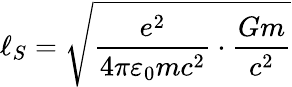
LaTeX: \ell_{S}={\sqrt{{\frac{e^{2}}{4\pi\varepsilon_{0}mc^{2}}}\cdot{\frac{Gm}{c^{2}}}}}